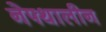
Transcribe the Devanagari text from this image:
नेफ्थालीन